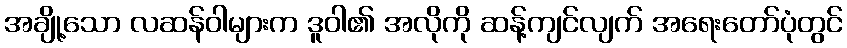
အချို့သော လဆန်ဝါများက ဒူဝါ၏ အလိုကို ဆန့်ကျင်လျက် အရေးတော်ပုံတွင်